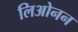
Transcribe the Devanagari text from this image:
लिओनन